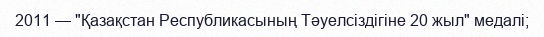
2011 — "Қазақстан Республикасының Тәуелсіздігіне 20 жыл" медалі;